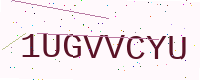
Text: 1UGVVCYU